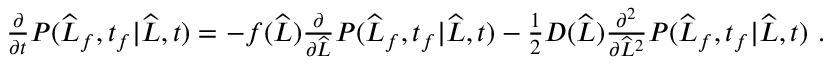
\begin{array} { r } { \frac { \partial } { \partial t } P ( \widehat { L } _ { f } , t _ { f } | \widehat { L } , t ) = - f ( \widehat { L } ) \frac { \partial } { \partial \widehat { L } } P ( \widehat { L } _ { f } , t _ { f } | \widehat { L } , t ) - \frac { 1 } { 2 } D ( \widehat { L } ) \frac { \partial ^ { 2 } } { \partial \widehat { L } ^ { 2 } } P ( \widehat { L } _ { f } , t _ { f } | \widehat { L } , t ) \ . } \end{array}